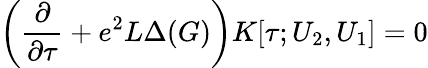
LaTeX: \left(\frac{\partial}{\partial\tau}+e^{2}L\Delta(G)\right)K[\tau;U_{2},U_{1}]=0